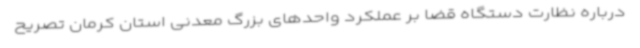
درباره نظارت دستگاه قضا بر عملکرد واحدهای بزرگ معدنی استان کرمان تصریح